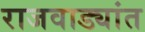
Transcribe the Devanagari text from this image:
राजवाड्यांत